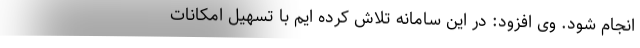
انجام شود. وی افزود: در این سامانه تلاش کرده ایم با تسهیل امکانات